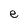
Character: e